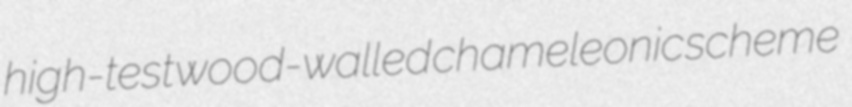
high-test wood-walled chameleonic scheme